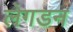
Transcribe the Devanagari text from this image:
लेगडन